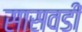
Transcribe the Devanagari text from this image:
सासवडी